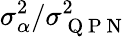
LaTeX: \sigma_{\alpha}^{2}/\sigma_{\mathrm{~Q~P~N~}}^{2}